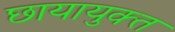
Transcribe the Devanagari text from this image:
छायायुक्‍त